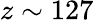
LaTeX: z\sim 127